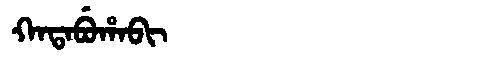
Manchu: ᡴᠠᡨᠠᠪᡠᡥᠠᠪᡳ
Romanization: KATABUHABI